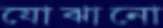
যোঝানো